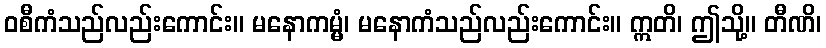
ဝစီကံသည်လည်းကောင်း။ မနောကမ္မံ၊ မနောကံသည်လည်းကောင်း။ ဣတိ၊ ဤသို့။ တီဏိ၊